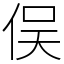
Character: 俣